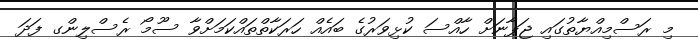
މި ރަސްމިއްޔާތުގައި ޖަޕާނަށް ހާއްސަ ކުޅިވަރުގެ ބައެއް ހަރަކާތްތައްކަމަށްވާ ސޫމޯ ރެސްލިންގ ފަދަ